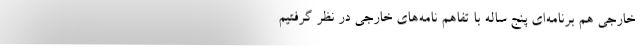
خارجی هم برنامه‌ای پنج ساله‌ با تفاهم نامه‌های خارجی در نظر گرفتیم